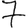
Digit: 7